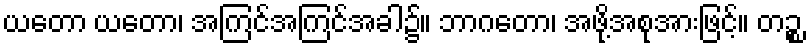
ယတော ယတော၊ အကြင်အကြင်အခါ၌။ ဘာဂတော၊ အဖို့အစုအားဖြင့်။ တဉ္စ